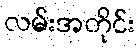
လမ်းအတိုင်း